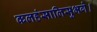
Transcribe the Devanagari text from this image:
कलहंसालिसुभगे।